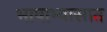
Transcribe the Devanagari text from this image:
भाषाभ्यासात